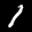
Label: 1